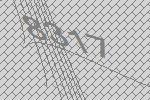
8317